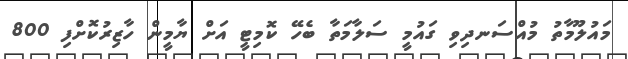
މައުލޫމާތު މުއްސަނދިވި ގައުމީ ސަލާމަތާ ބެހޭ ކޮމިޓީ އަށް ޔާމީން ހާޒިރުކޮށްފި 800